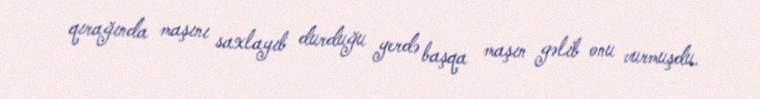
qırağında maşını saxlayıb durduğu yerdə başqa maşın gəlib onu vurmuşdu.